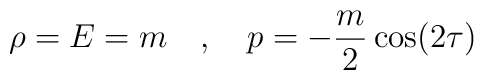
\rho = E = m \quad , \quad p = - {m \over 2} \cos(2\tau)